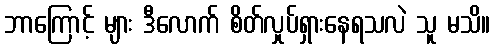
ဘာကြောင့် များ ဒီလောက် စိတ်လှုပ်ရှားနေရသလဲ သူ မသိ။